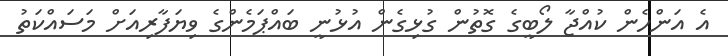
އެ އަންހެން ކުއްޖާ ލޯބީގެ ގޮތުން ގުޅިގެން އުޅުނީ ބައްޕަމެންގެ ވިޔަފާރިއަށް މަސައްކަތު